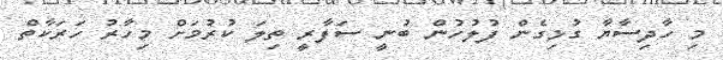
މި ހާދިސާޔާ ގުޅިގެން ފުލުހުން ބުނީ ސަފާރީ ތިލަ ކުރުމަށް މިހާރު ހަރަކާތް